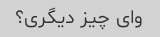
وای چیز دیگری؟